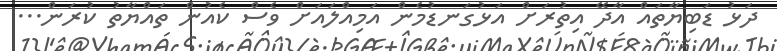
ދަޅު ޑަބިޔާތައް އާދޭ އިތުރަށް އަޅުގަނޑުމެން އަމިއްލައަށް ވެސް ކެއުން ތައްޔާތު ކުރަން...